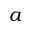
a